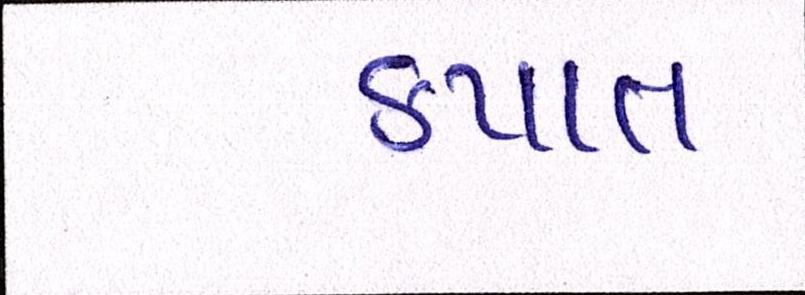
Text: કપાત